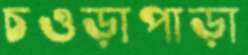
চওড়াপাড়া